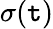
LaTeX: \sigma(\mathtt{t})